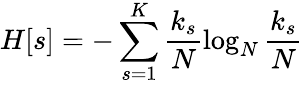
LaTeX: H[s]=-\sum_{s=1}^{K}\frac{k_{s}}{N}\log_{N}{\frac{k_{s}}{N}}